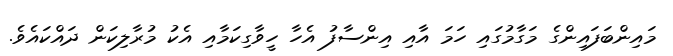
މައިންބަފައިންގެ މަގާމުގައި ހަމަ އާއި އިންސާފު އެހާ ހީވާގިކަމާއި އެކު މުރާލިކަން ދައްކައެވެ.